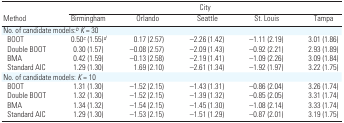
<table><thead><tr><td></td><td colspan="5"><b>City</b></td></tr><tr><td><b>Method</b></td><td><b>Birmingham</b></td><td><b>Orlando</b></td><td><b>Seattle</b></td><td><b>St. Louis</b></td><td><b>Tampa</b></td></tr></thead><tbody><tr><td colspan="6">No. of candidate models:b<i>K</i> = 30</td></tr><tr><td> BOOT</td><td>0.50c (1.55)d</td><td>0.17 (2.57)</td><td>−2.26 (1.42)</td><td>−1.11 (2.19)</td><td>3.01 (1.86)</td></tr><tr><td> Double BOOT</td><td>0.30 (1.57)</td><td>−0.08 (2.57)</td><td>−2.09 (1.43)</td><td>−0.92 (2.21)</td><td>2.93 (1.89)</td></tr><tr><td> BMA</td><td>0.42 (1.59)</td><td>−0.13 (2.58)</td><td>−2.19 (1.41)</td><td>−1.09 (2.26)</td><td>3.09 (1.84)</td></tr><tr><td> Standard AIC</td><td>1.29 (1.30)</td><td>1.69 (2.10)</td><td>−2.61 (1.34)</td><td>−1.92 (1.97)</td><td>3.22 (1.75)</td></tr><tr><td colspan="6">No. of candidate models: <i>K</i> = 10</td></tr><tr><td> BOOT</td><td>1.31 (1.30)</td><td>−1.52 (2.15)</td><td>−1.43 (1.31)</td><td>−0.86 (2.04)</td><td>3.26 (1.74)</td></tr><tr><td> Double BOOT</td><td>1.32 (1.30)</td><td>−1.52 (2.15)</td><td>−1.39 (1.32)</td><td>−0.85 (2.05)</td><td>3.31 (1.74)</td></tr><tr><td> BMA</td><td>1.34 (1.32)</td><td>−1.54 (2.15)</td><td>−1.45 (1.30)</td><td>−1.08 (2.14)</td><td>3.33 (1.74)</td></tr><tr><td> Standard AIC</td><td>1.29 (1.30)</td><td>−1.53 (2.15)</td><td>−1.51 (1.29)</td><td>−0.87 (2.01)</td><td>3.19 (1.75)</td></tr></tbody></table>